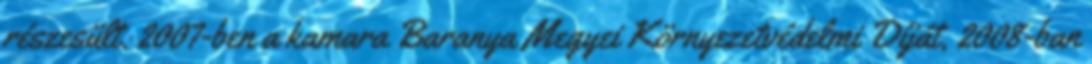
részesült. 2007-ben a kamara Baranya Megyei Környezetvédelmi Díját, 2008-ban